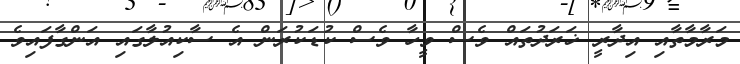
މަރާމާތާއި އިދާރީ ޚަރަދުތައް ވެސް ވީހާ ވެސް ކުޑަކުރަން އެ ސާކިއުލާގައި އަންގާފައިވެ